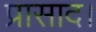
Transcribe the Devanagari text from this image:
प्रासाद।